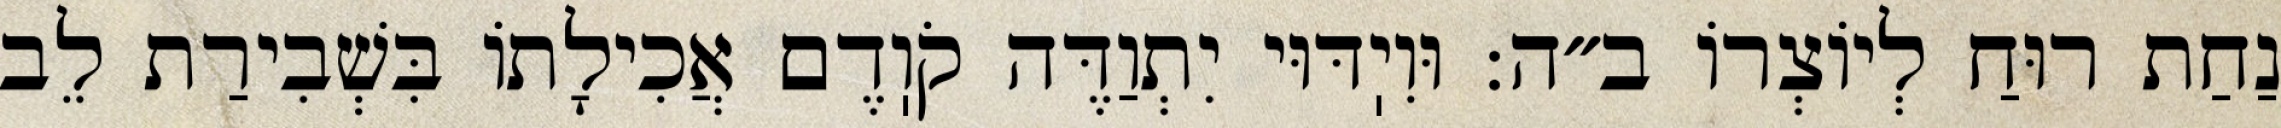
נַחַת רוּחַ לְיוֹצְרוֹ ב״ה: וּוִיֽדּוּי יִתְוַדֶּה קֹוֽדֶם אֲכִילָתוֹ בִּשְׁבִירַת לֵב